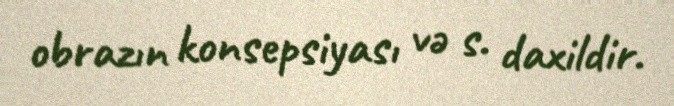
obrazın konsepsiyası və s. daxildir.